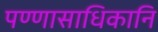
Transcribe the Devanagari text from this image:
पण्णासाधिकानि